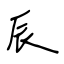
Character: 辰